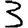
Digit: 3